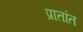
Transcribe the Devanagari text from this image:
प्रातांत